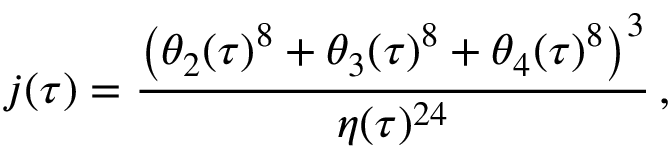
j ( \tau ) = \frac { \left( \theta _ { 2 } ( \tau ) ^ { 8 } + \theta _ { 3 } ( \tau ) ^ { 8 } + \theta _ { 4 } ( \tau ) ^ { 8 } \right) ^ { 3 } } { \eta ( \tau ) ^ { 2 4 } } \, ,